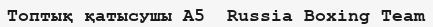
Топтық қатысушы A5  Russia Boxing Team